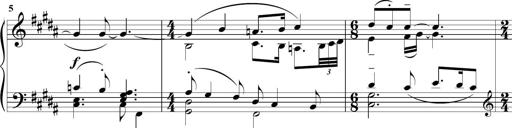
Title: Sonatine MÃ©lancolique
Composer: Julian Raoul Besset